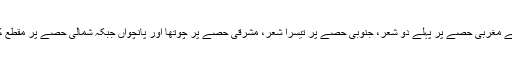
چھت کے مغربی حصے پر پہلے دو شعر، جنوبی حصے پر تیسرا شعر، مشرقی حصے پر چوتھا اور پانچواں جبکہ شمالی حصے پر مقطع کندہ ہے۔